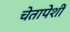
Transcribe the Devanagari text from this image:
चेतापेशीं